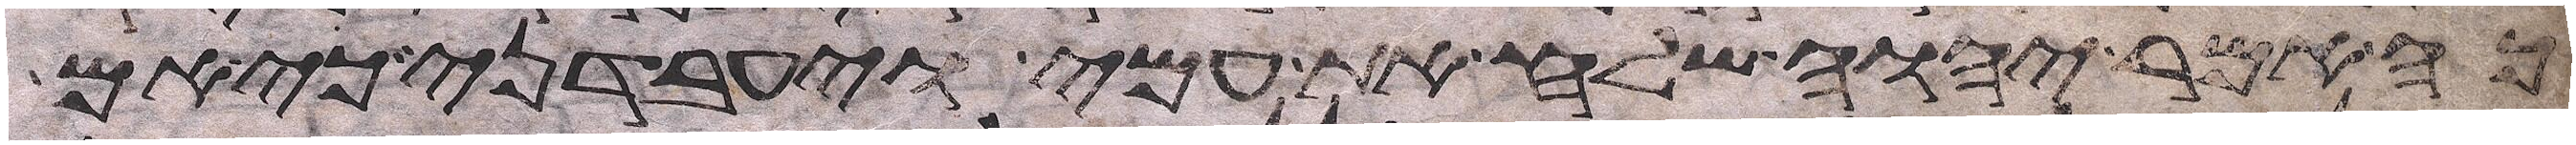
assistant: כה אמר יהוה שלח את עמי ויעבדני כי אם